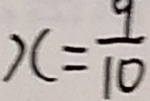
x = \frac { 9 } { 1 0 }